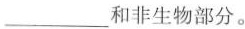
___和非生物部分。